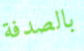
بالصدفة